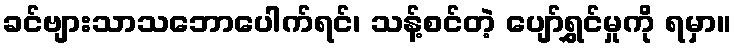
ခင်ဗျားသာသဘောပေါက်ရင်၊ သန့်စင်တဲ့ ပျော်ရွှင်မှုကို ရမှာ။